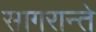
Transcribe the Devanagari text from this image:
सागरान्ते